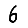
Digit: 6